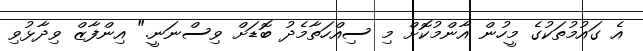
އެ ގައުމުތަކުގެ މީހުން އާންމުކޮށް މި ސިއްހަތާމެދު ބޮޑަށް ވިސްނަނީ." އިންފާޒް ވިދާޅުވި